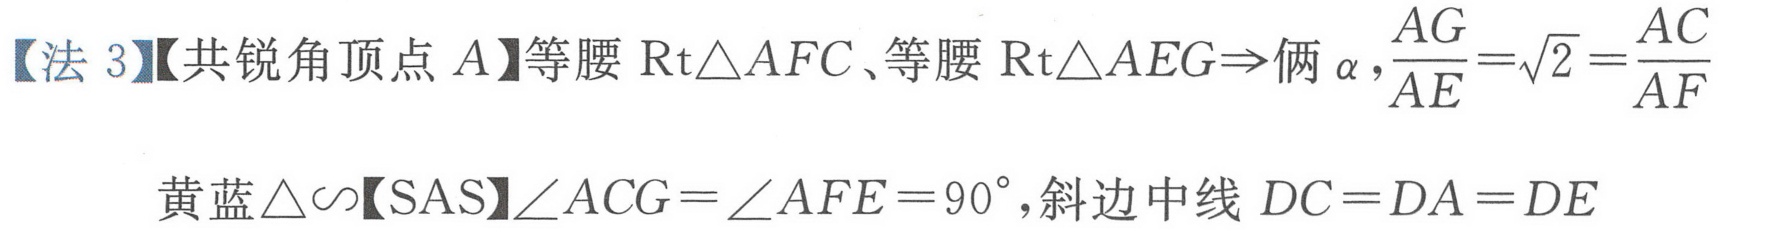
【法 3】【共锐角顶点 \(A\)】等腰\(\text{Rt}\triangle AFC\)、等腰\(\text{Rt}\triangle AEG\Rightarrow\)俩\(\alpha\)，\(\frac{AG}{AE}=\sqrt{2}=\frac{AC}{AF}\)
黄蓝\(\triangle\sim\)【SAS】\(\angle ACG=\angle AFE = 90^{\circ}\)，斜边中线 \(DC = DA = DE\)